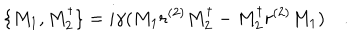
\, \{ M _ { 1 } , M _ { 2 } ^ { \dagger } \} = i \gamma ( M _ { 1 } r ^ { ( 2 ) } M _ { 2 } ^ { \dagger } - M _ { 2 } ^ { \dagger } r ^ { ( 2 ) } M _ { 1 } ) \quad .